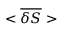
< \overline { { \delta S } } >